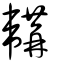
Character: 韝